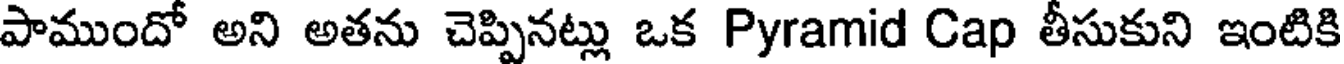
పాముందో అని అతను చెప్పినట్లు ఒక Pyramid Cap తీసుకుని ఇంటికి